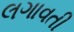
લગાવતી